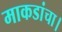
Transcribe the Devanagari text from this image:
माकडांचा।